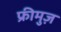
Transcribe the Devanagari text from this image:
फ्रीमुज़